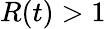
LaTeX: R(t)>1